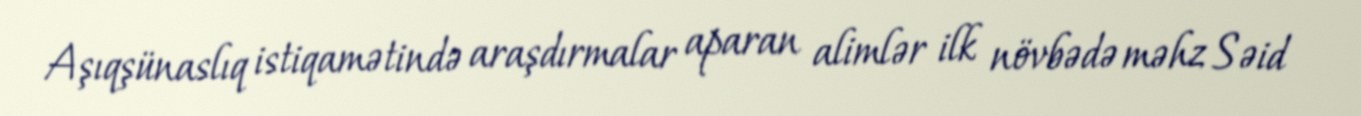
Aşıqşünaslıq istiqamətində araşdırmalar aparan alimlər ilk növbədə məhz Səid